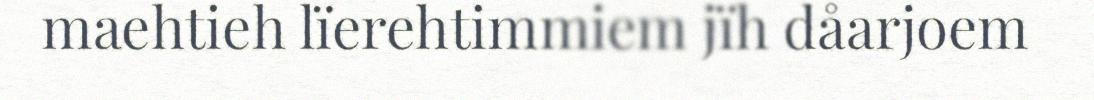
maehtieh lïerehtimmiem jïh dåarjoem